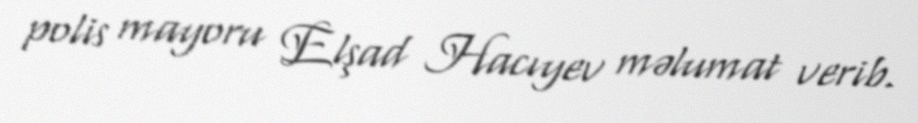
polis mayoru Elşad Hacıyev məlumat verib.